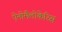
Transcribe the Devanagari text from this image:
ऐनोमैलोकेरिस